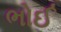
ભોઈ